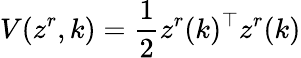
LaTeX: V(z^{r},k)=\frac{1}{2}z^{r}(k)^{\top}z^{r}(k)